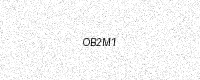
Text: OB2M1